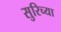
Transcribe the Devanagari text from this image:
सुरिच्या